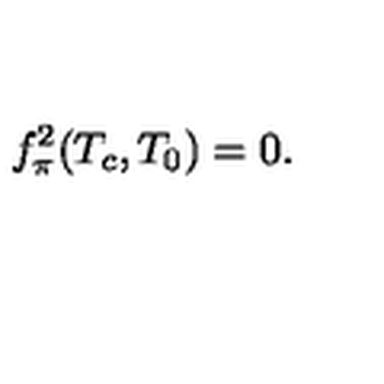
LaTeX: f _ { \pi } ^ { 2 } ( T _ { c } , T _ { 0 } ) = 0 .